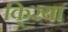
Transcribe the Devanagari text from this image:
कि्रया